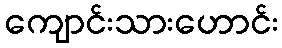
ကျောင်းသားဟောင်း